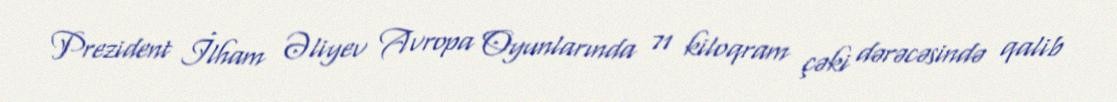
Prezident İlham Əliyev Avropa Oyunlarında 71 kiloqram çəki dərəcəsində qalib